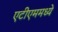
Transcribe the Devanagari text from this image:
एटीएममध्ये